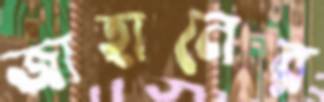
জাহানের